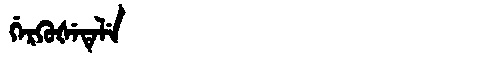
Manchu: ᡤᡝᡵᡴᡠᡧᡝᡨᡝᠯᡝ
Romanization: GERKUŠETELE